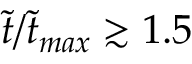
\tilde { t } / \tilde { t } _ { m a x } \gtrsim 1 . 5